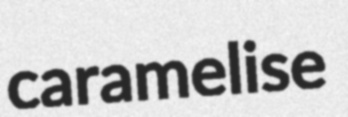
caramelise